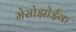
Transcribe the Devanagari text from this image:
मेसोझोईक